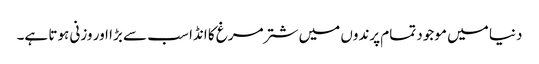
دنیا میں موجود تمام پرندوں میں شتر مرغ کا انڈا سب سے بڑا اور وزنی ہوتا ہے۔